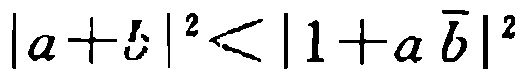
\(|a + i|^{2}<|1 + a\bar{b}|^{2}\)